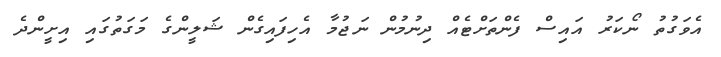
އެވަގުތު ނޯކަރު އައިސް ފެންތަށްޓެއް ދިނުމުން ނަޖުމާ އެހިފައިގެން ޝަލީންގެ މަގަތުގައި އިށީންދެ